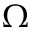
\Omega